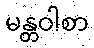
မန္တဝါစာ